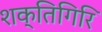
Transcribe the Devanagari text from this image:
शक्तिगिरि